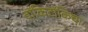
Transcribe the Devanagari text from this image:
वॉकिटॉकिचा